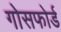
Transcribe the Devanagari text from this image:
गोसफोर्ड